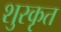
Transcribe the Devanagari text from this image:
शुरकृत